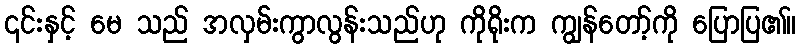
၎င်းနှင့် မေ သည် အလှမ်းကွာလွန်းသည်ဟု ကိုရိုးက ကျွန်တော့်ကို ပြောပြ၏။